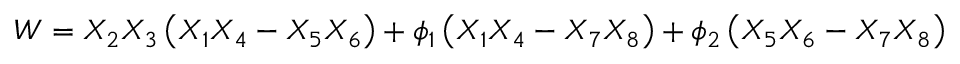
W = X _ { 2 } X _ { 3 } \left( X _ { 1 } X _ { 4 } - X _ { 5 } X _ { 6 } \right) + \phi _ { 1 } \left( X _ { 1 } X _ { 4 } - X _ { 7 } X _ { 8 } \right) + \phi _ { 2 } \left( X _ { 5 } X _ { 6 } - X _ { 7 } X _ { 8 } \right)